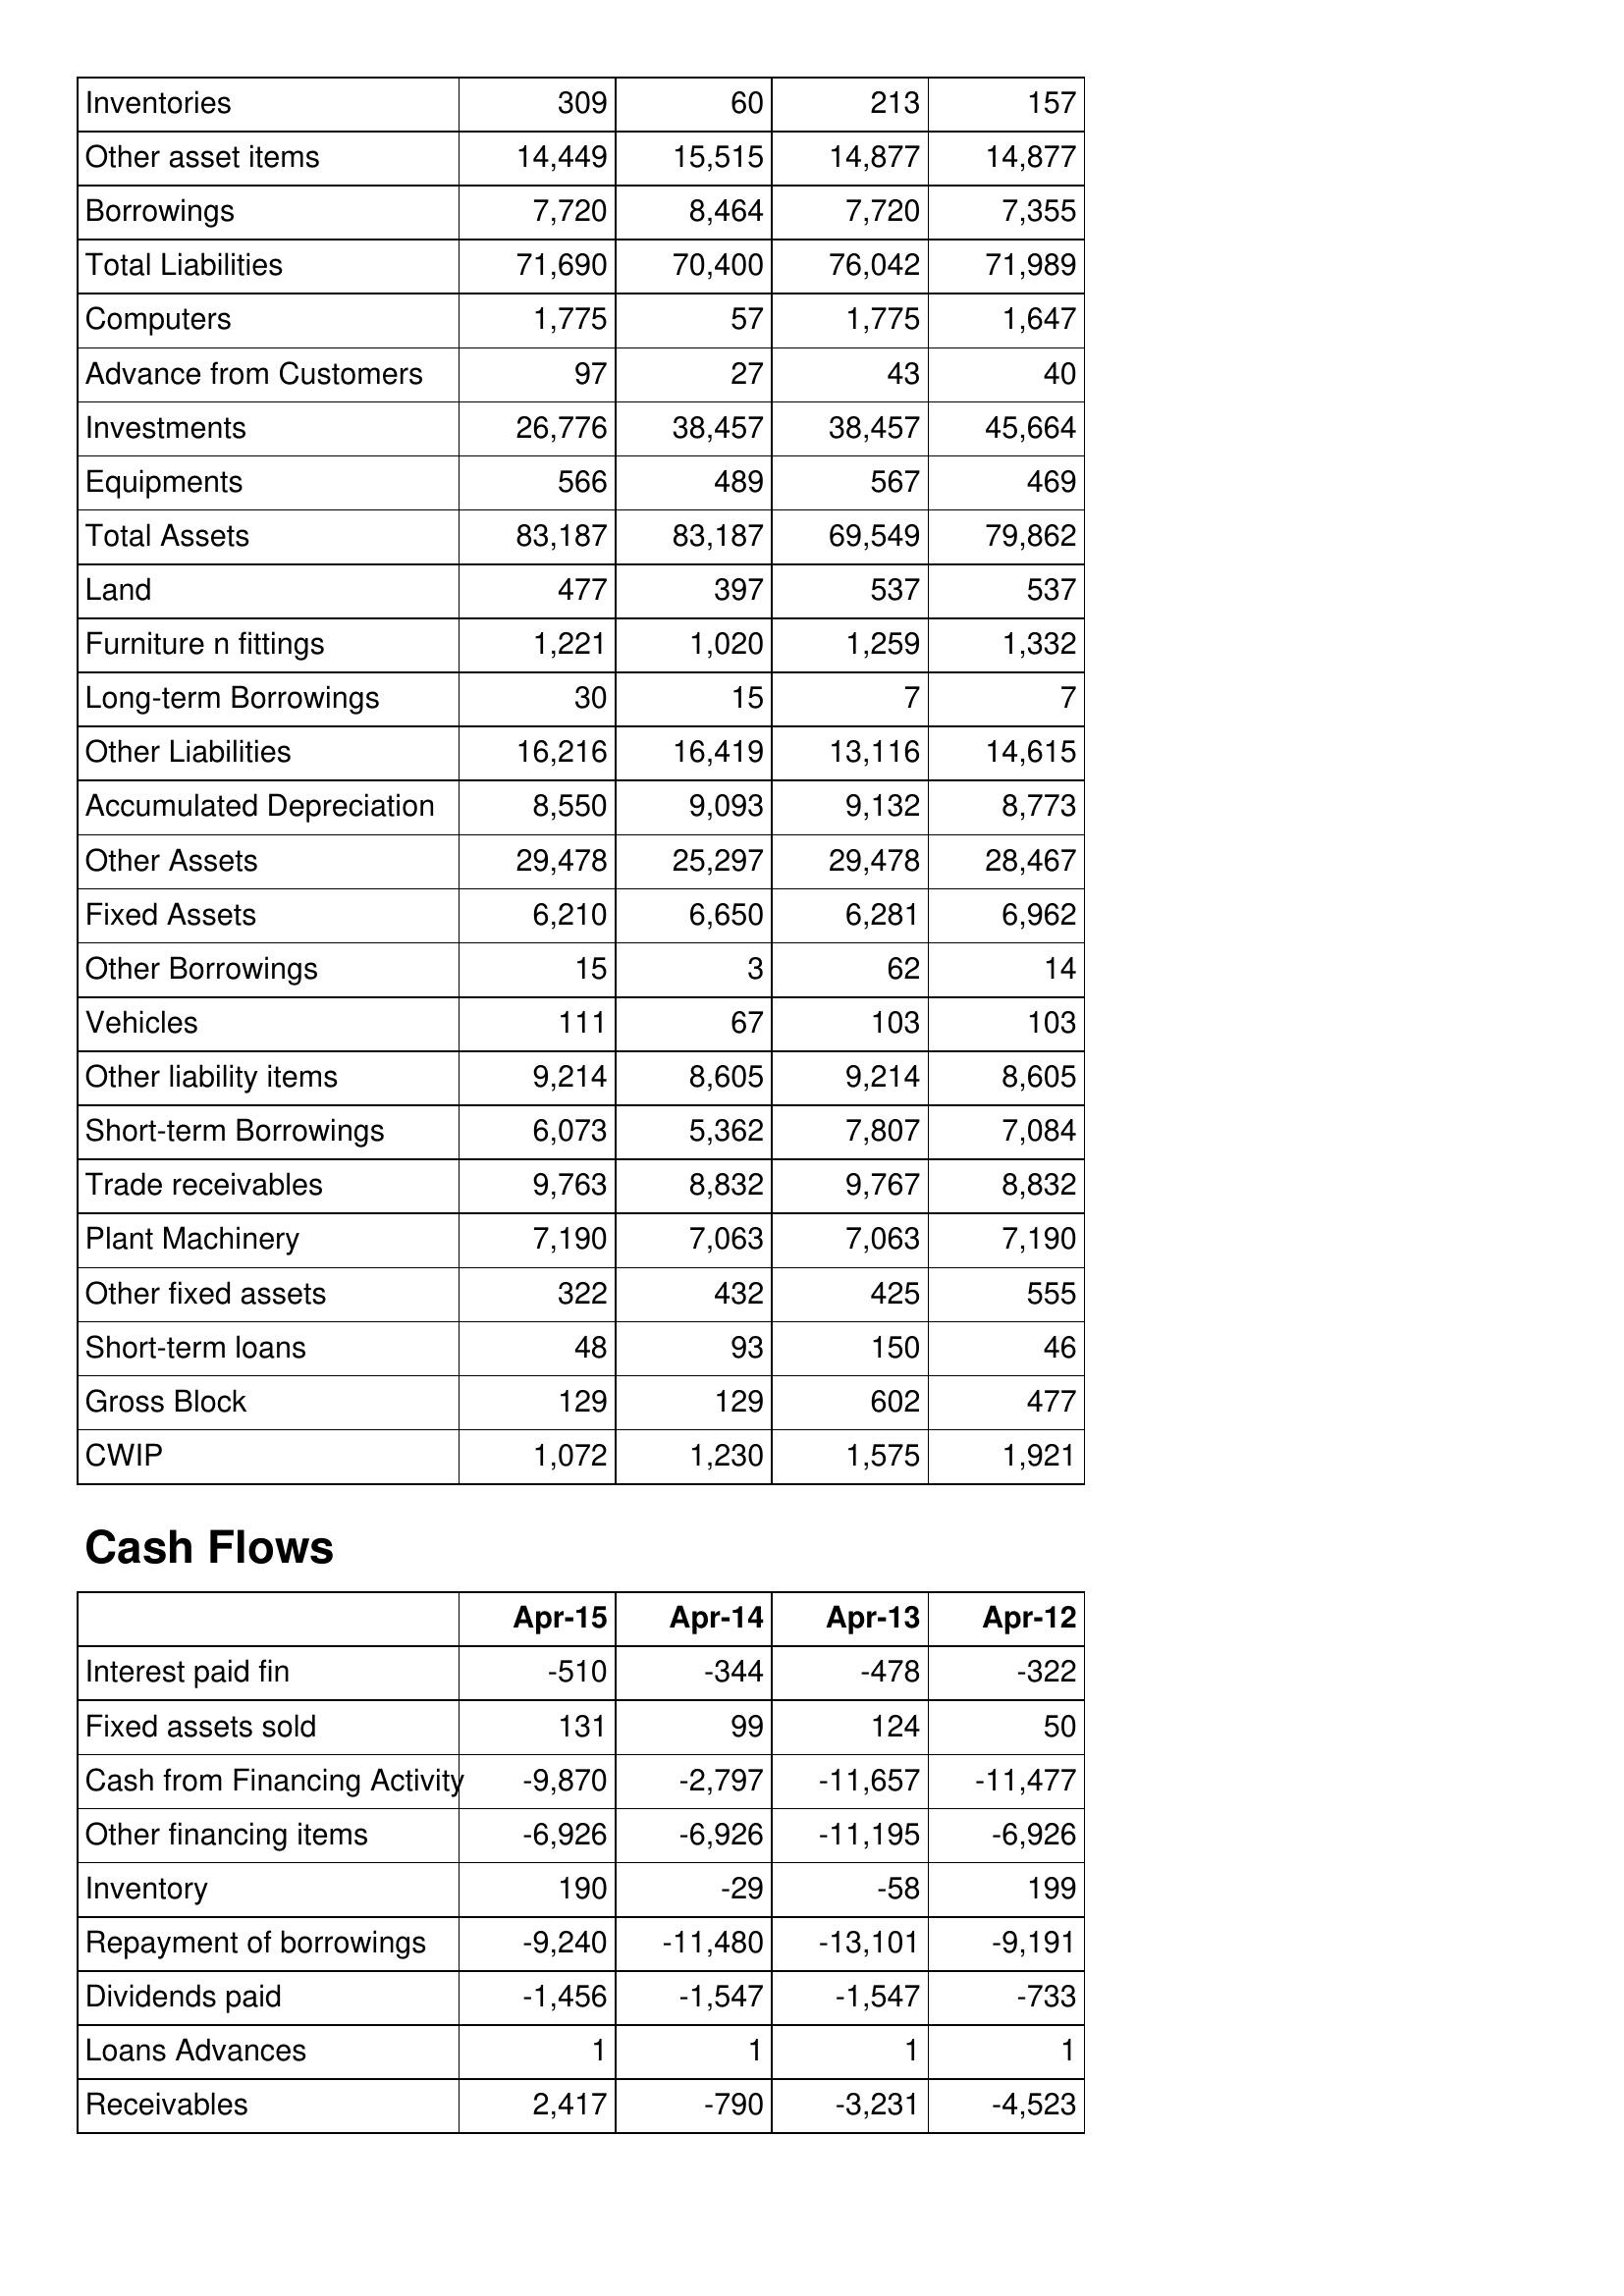
Apr-15: Balance Sheet: Inventories: 309
Other asset items: 14,449
Borrowings: 7,720
Total Liabilities: 71,690
Computers: 1,775
Advance from Customers: 97
Investments: 26,776
Equipments: 566
Total Assets: 83,187
Land: 477
Furniture n fittings: 1,221
Long-term Borrowings: 30
Other Liabilities: 16,216
Accumulated Depreciation: 8,550
Other Assets: 29,478
Fixed Assets: 6,210
Other Borrowings: 15
Vehicles: 111
Other liability items: 9,214
Short-term Borrowings: 6,073
Trade receivables: 9,763
Plant Machinery: 7,190
Other fixed assets: 322
Short-term loans: 48
Gross Block: 129
CWIP: 1,072
Cash Flows: Interest paid fin: -510
Fixed assets sold: 131
Cash from Financing Activity: -9,870
Other financing items: -6,926
Inventory: 190
Repayment of borrowings: -9,240
Dividends paid: -1,456
Loans Advances: 1
Receivables: 2,417
Apr-14: Balance Sheet: Inventories: 60
Other asset items: 15,515
Borrowings: 8,464
Total Liabilities: 70,400
Computers: 57
Advance from Customers: 27
Investments: 38,457
Equipments: 489
Total Assets: 83,187
Land: 397
Furniture n fittings: 1,020
Long-term Borrowings: 15
Other Liabilities: 16,419
Accumulated Depreciation: 9,093
Other Assets: 25,297
Fixed Assets: 6,650
Other Borrowings: 3
Vehicles: 67
Other liability items: 8,605
Short-term Borrowings: 5,362
Trade receivables: 8,832
Plant Machinery: 7,063
Other fixed assets: 432
Short-term loans: 93
Gross Block: 129
CWIP: 1,230
Cash Flows: Interest paid fin: -344
Fixed assets sold: 99
Cash from Financing Activity: -2,797
Other financing items: -6,926
Inventory: -29
Repayment of borrowings: -11,480
Dividends paid: -1,547
Loans Advances: 1
Receivables: -790
Apr-13: Balance Sheet: Inventories: 213
Other asset items: 14,877
Borrowings: 7,720
Total Liabilities: 76,042
Computers: 1,775
Advance from Customers: 43
Investments: 38,457
Equipments: 567
Total Assets: 69,549
Land: 537
Furniture n fittings: 1,259
Long-term Borrowings: 7
Other Liabilities: 13,116
Accumulated Depreciation: 9,132
Other Assets: 29,478
Fixed Assets: 6,281
Other Borrowings: 62
Vehicles: 103
Other liability items: 9,214
Short-term Borrowings: 7,807
Trade receivables: 9,767
Plant Machinery: 7,063
Other fixed assets: 425
Short-term loans: 150
Gross Block: 602
CWIP: 1,575
Cash Flows: Interest paid fin: -478
Fixed assets sold: 124
Cash from Financing Activity: -11,657
Other financing items: -11,195
Inventory: -58
Repayment of borrowings: -13,101
Dividends paid: -1,547
Loans Advances: 1
Receivables: -3,231
Apr-12: Balance Sheet: Inventories: 157
Other asset items: 14,877
Borrowings: 7,355
Total Liabilities: 71,989
Computers: 1,647
Advance from Customers: 40
Investments: 45,664
Equipments: 469
Total Assets: 79,862
Land: 537
Furniture n fittings: 1,332
Long-term Borrowings: 7
Other Liabilities: 14,615
Accumulated Depreciation: 8,773
Other Assets: 28,467
Fixed Assets: 6,962
Other Borrowings: 14
Vehicles: 103
Other liability items: 8,605
Short-term Borrowings: 7,084
Trade receivables: 8,832
Plant Machinery: 7,190
Other fixed assets: 555
Short-term loans: 46
Gross Block: 477
CWIP: 1,921
Cash Flows: Interest paid fin: -322
Fixed assets sold: 50
Cash from Financing Activity: -11,477
Other financing items: -6,926
Inventory: 199
Repayment of borrowings: -9,191
Dividends paid: -733
Loans Advances: 1
Receivables: -4,523